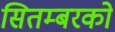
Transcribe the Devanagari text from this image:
सितम्बरको